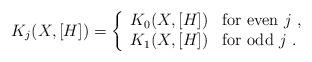
LaTeX: \begin{align*}K_{j}(X, [H])=\left\{\begin{array}{rl}K_{0}(X, [H]) & \mbox{for even } j\ ,\\K_{1}(X, [H]) & \mbox{for odd } j\ .\end{array}\right.\end{align*}